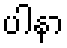
ပါနာ